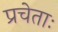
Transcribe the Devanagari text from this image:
प्रचेताः